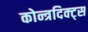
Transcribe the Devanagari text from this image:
कोन्त्रदिक्ट्स